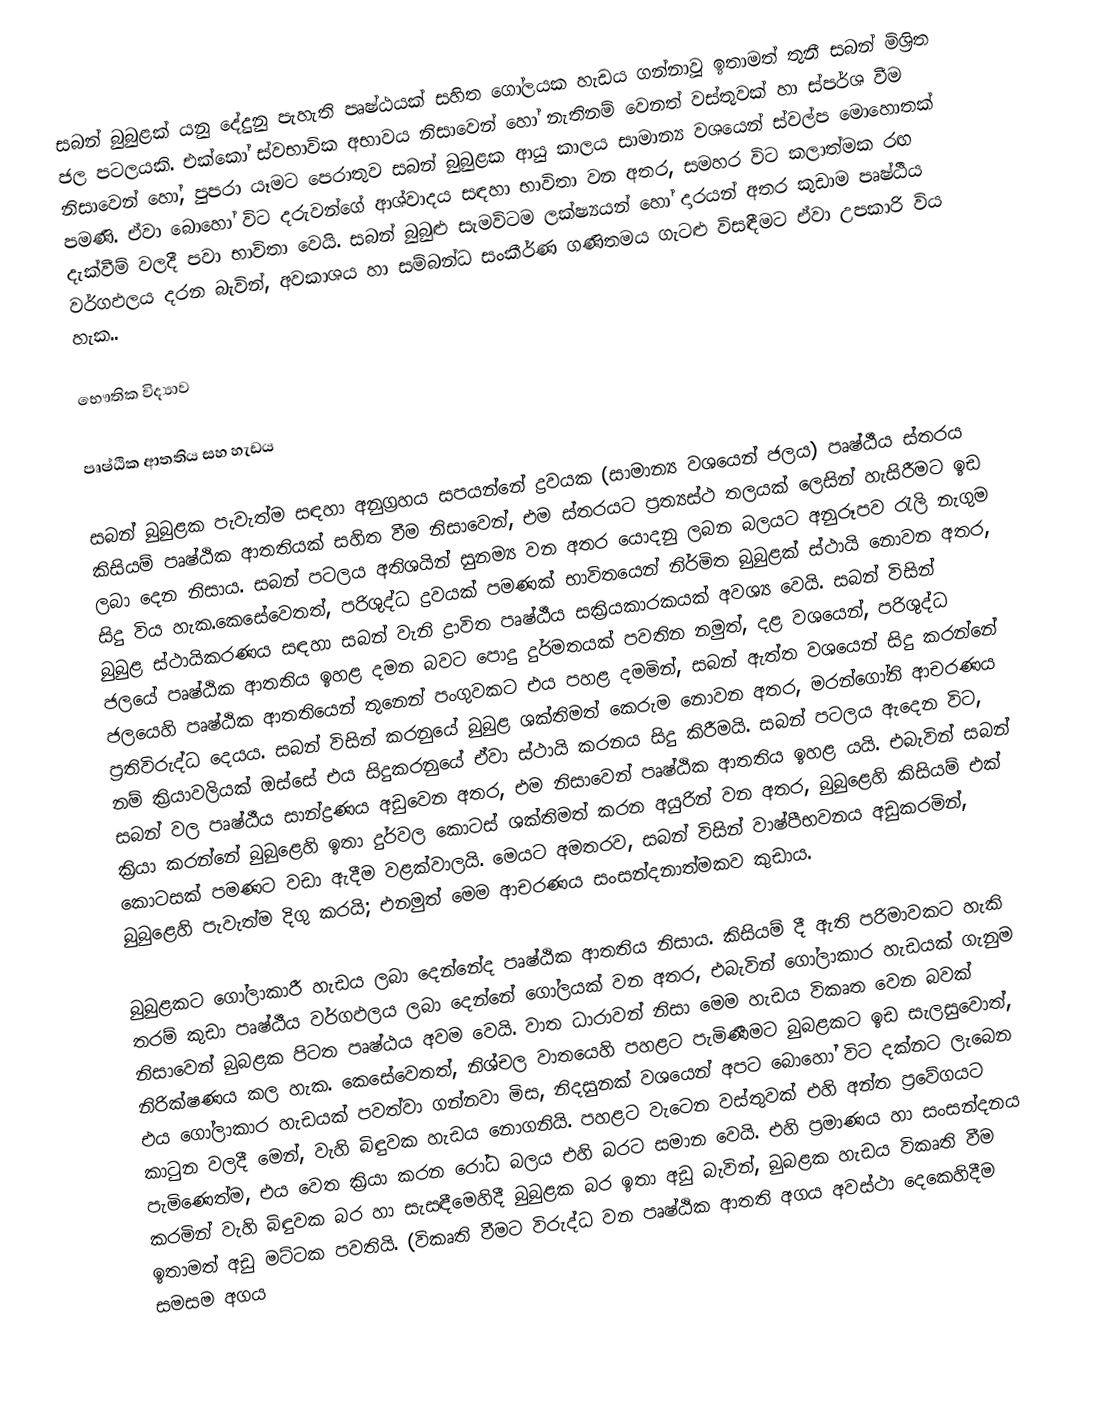
සබන් බුබුළක් යනු දේදුනු පැහැති පෘෂ්ඨයක් සහිත ගෝලයක හැඩය ගන්නාවූ ඉතාමත් තුනී  සබන් මිශ්‍රිත ජල පටලයකි. එක්කෝ ස්වභාවික අභාවය නිසාවෙන් හෝ නැතිනම් වෙනත් වස්තුවක් හා ස්පර්ශ වීම නිසාවෙන් හෝ, පුපරා යෑමට පෙරාතුව සබන් බුබුළක ආයු කාලය සාමාන්‍ය වශයෙන් ස්වල්ප මොහොතක් පමණි. ඒවා බොහෝ විට දරුවන්ගේ ආශ්වාදය සඳහා භාවිතා වන අතර, සමහර විට කලාත්මක  රඟ දැක්වීම් වලදී පවා භාවිතා වෙයි. සබන් බුබුළු සැමවිටම ලක්ෂ්‍යයන් හෝ  දාරයන් අතර කුඩාම පෘෂ්ඨීය වර්ගඵලය දරන බැවින්,  අවකාශය හා සම්බන්ධ සංකීර්ණ ගණිතමය ගැටළු විසඳීමට ඒවා උපකාරි විය හැක..

භෞතික විද්‍යාව

පෘෂ්ඨික ආතතිය සහ හැඩය

සබන් බුබුළක පැවැත්ම සඳහා අනුග්‍රහය සපයන්නේ ද්‍රවයක (සාමාන්‍ය වශයෙන් ජලය) පෘෂ්ඨීය ස්තරය කිසියම් පෘෂ්ඨික ආතතියක් සහිත වීම නිසාවෙන්, එම ස්තරයට ප්‍රත්‍යස්ථ තලයක් ලෙසින් හැසිරීමට ඉඩ ලබා දෙන නිසාය. සබන් පටලය අතිශයින් සුනම්‍ය වන අතර යොදනු ලබන බලයට අනුරූපව රැලි නැගුම සිදු විය හැක.කෙසේවෙතත්, පරිශුද්ධ ද්‍රවයක් පමණක් භාවිතයෙන් නිර්මිත බුබුළක් ස්ථායි නොවන අතර, බුබුළ ස්ථායිකරණය සඳහා සබන් වැනි  ද්‍රාවිත  පෘෂ්ඨීය සක්‍රියකාරකයක් අවශ්‍ය වෙයි. සබන් විසින් ජලයේ පෘෂ්ඨික ආතතිය ඉහළ දමන බවට පොදු දුර්මතයක් පවතින නමුත්, දළ වශයෙන්, පරිශුද්ධ ජලයෙහි පෘෂ්ඨික ආතතියෙන් තුනෙන් පංගුවකට එය පහළ දමමින්, සබන් ඇත්ත වශයෙන් සිදු කරන්නේ ප්‍රතිවිරුද්ධ දෙයය. සබන් විසින් කරනුයේ බුබුළ  ශක්තිමත් කෙරුම නොවන අතර, මරන්ගෝනි ආචරණය නම් ක්‍රියාවලියක් ඔස්සේ එය සිදුකරනුයේ ඒවා ස්ථායි කරනය සිදු කිරීමයි. සබන් පටලය ඇදෙන විට, සබන් වල පෘෂ්ඨීය සාන්ද්‍රණය අඩුවෙන අතර, එම නිසාවෙන් පෘෂ්ඨික ආතතිය ඉහළ යයි. එබැවින් සබන් ක්‍රියා කරන්නේ බුබුළෙහි ඉතා දුර්වල කොටස් ශක්තිමත් කරන අයුරින් වන අතර, බුබුළෙහි කිසියම් එක් කොටසක් පමණට වඩා ඇදීම වළක්වාලයි. මෙයට අමතරව, සබන් විසින්  වාෂ්පීභවනය අඩුකරමින්, බුබුළෙහි පැවැත්ම දිගු කරයි; එනමුත් මෙම ආචරණය සංසන්දනාත්මකව කුඩාය.

බුබුළකට  ගෝලාකාරී හැඩය ලබා දෙන්නේද පෘෂ්ඨික ආතතිය නිසාය. කිසියම් දී ඇති පරිමාවකට හැකි තරම් කුඩා පෘෂ්ඨීය වර්ගඵලය ලබා දෙන්නේ ගෝලයක් වන අතර, එබැවින් ගෝලාකාර හැඩයක් ගැනුම නිසාවෙන් බුබළක පිටත පෘෂ්ඨය අවම වෙයි. වාත ධාරාවන් නිසා මෙම හැඩය විකෘත වෙන බවක් නිරික්ෂණය කල හැක. කෙසේවෙතත්, නිශ්චල  වාතයෙහි පහළට පැමිණීමට බුබළකට ඉඩ සැලසුවොත්, එය ගෝලාකාර හැඩයක් පවත්වා ගන්නවා මිස, නිදසුනක් වශයෙන් අපට බොහෝ විට දක්නට ලැබෙන කාටුන වලදී මෙන්,  වැහි බිඳුවක හැඩය නොගනියි. පහළට වැටෙන වස්තුවක් එහි අන්ත ප්‍රවේගයට පැමිණෙත්ම, එය වෙත ක්‍රියා කරන රෝධ බලය එහි බරට සමාන වෙයි.  එහි ප්‍රමාණය හා සංසන්දනය කරමින් වැහි බිඳුවක බර හා සැසඳීමෙහිදී බුබුළක බර ඉතා අඩු බැවින්, බුබළක හැඩය විකෘති වීම ඉතාමත් අඩු මට්ටක පවතියි. (විකෘති වීමට විරුද්ධ වන පෘෂ්ඨික ආතති අගය අවස්ථා දෙකෙහිදීම සමසම අගය